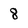
Character: 8